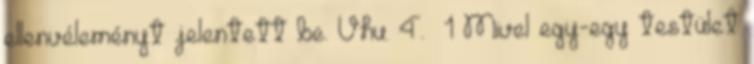
ellenvéleményt jelentett be. Vhu. 4.§ 1 Mivel egy-egy testület